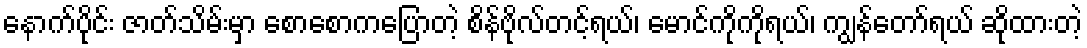
နောက်ပိုင်း ဇာတ်သိမ်းမှာ စောစောကပြောတဲ့ စိန်ဗိုလ်တင့်ရယ်၊ မောင်ကိုကိုရယ်၊ ကျွန်တော်ရယ် ဆိုထားတဲ့